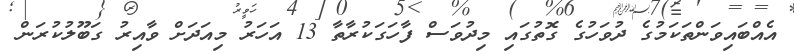
އެއްބައިވަންތަކަމުގެ ދުވަހުގެ ގޮތުގައި މިދުވަސް ފާހަގަކުރާތާ 13 އަހަރު މިއަދަށް ވާއިރު ގަބޫލުކުރަން